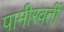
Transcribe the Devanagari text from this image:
पामीरवर्ती